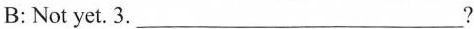
B: Not yet. 3. ___?